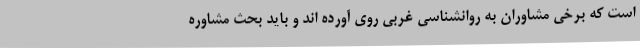
است که برخی مشاوران به روانشناسی غربی روی آورده اند و باید بحث مشاوره